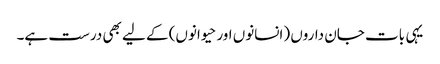
یہی بات جان داروں (انسانوں اور حیوانوں) کے لیے بھی درست ہے۔